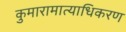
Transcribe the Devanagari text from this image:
कुमारामात्याधिकरण